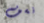
نسف